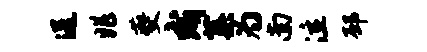
送兆夔成蕖为南泣邳